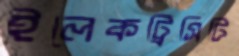
ইলেকট্রিসিটি